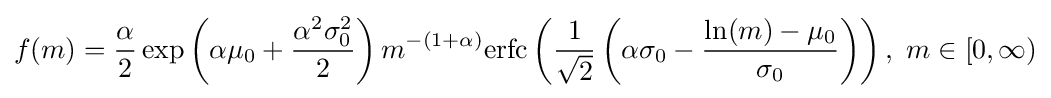
{\begin{aligned}f(m)={\frac {\alpha }{2}}\exp \left(\alpha \mu _{0}+{\frac {\alpha ^{2}\sigma _{0}^{2}}{2}}\right)m^{-(1+\alpha )}{\text{erfc}}\left({\frac {1}{\sqrt {2}}}\left(\alpha \sigma _{0}-{\frac {\ln(m)-\mu _{0}}{\sigma _{0}}}\right)\right),\ m\in [0,\infty )\end{aligned}}